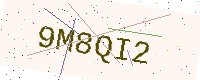
Text: 9M8QI2